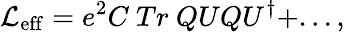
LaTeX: {\cal L}_{\mathrm{eff}}=e^{2}C~Tr~QUQU^{\dagger}+...,